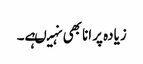
زیادہ پرانا بھی نہیںہے۔